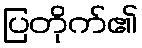
ပြတိုက်၏